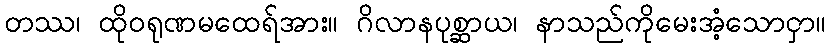
တဿ၊ ထိုဝရုဏမထေရ်အား။ ဂိလာနပုစ္ဆာယ၊ နာသည်ကိုမေးအံ့သောငှာ။